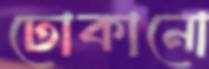
ঢোকানো